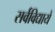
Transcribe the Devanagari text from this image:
सर्वविद्यायें